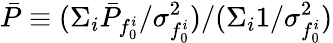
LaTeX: \bar{P}\equiv(\Sigma_{i}\bar{P}_{f_{0}^{i}}/{\sigma_{f_{0}^{i}}^{2}})/({\Sigma_{i}1/{\sigma_{f_{0}^{i}}^{2}}})